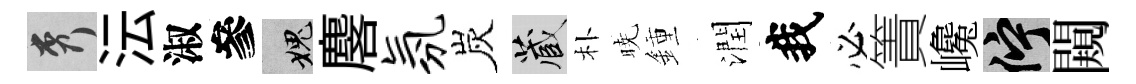
秀沄淑參愧麐氛炭藏朴暁鍾潤我必簀巉伫闚